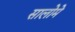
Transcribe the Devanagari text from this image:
सालोमे